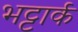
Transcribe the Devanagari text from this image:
भट्टार्क